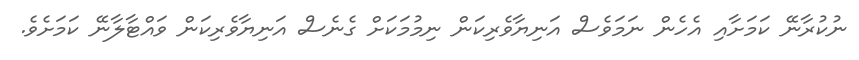
ނުކުރާނޭ ކަމަށާއި އެހެން ނަމަވެސް އަނިޔާވެރިކަން ނިމުމަކަށް ގެނެސް އަނިޔާވެރިކަން ވައްޓާލާނޭ ކަމަށެވެ.